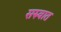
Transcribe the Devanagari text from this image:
सरुवात